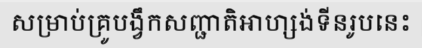
សម្រាប់គ្រូបង្វឹកសញ្ជាតិអាហ្សង់ទីនរូបនេះ